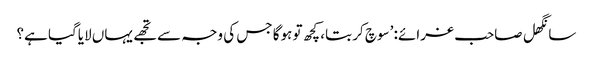
سانگھل صاحب غرائے: ’سوچ کر بتا، کچھ تو ہوگا جس کی وجہ سے تجھے یہاں لایاگیا ہے؟